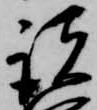
諸